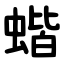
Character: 蝔